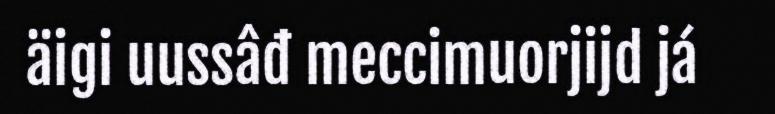
äigi uussâđ meccimuorjijd já